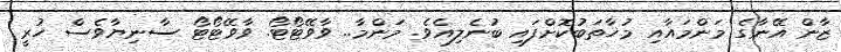
ޒާން އޭނާގެ މަންމައާއި މުޚާތަބުކޮށްފައި ބުނެލިއެވެ. މަންމާ.. ވާވޭޓޯޓޯ. ވާވޭޓޯޓޯ ސާނިޔާވެސް ހުރީ